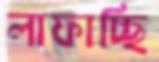
লাফাচ্ছি